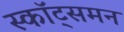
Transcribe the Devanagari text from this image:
स्कॉट्समन